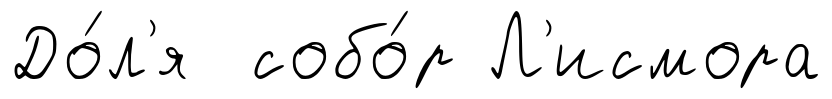
До́л'я собо́р Л'исмора